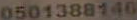
0501388146